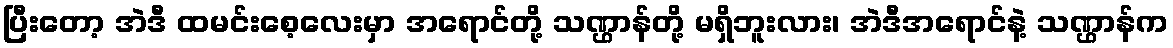
ပြီးတော့ အဲဒီ ထမင်းစေ့လေးမှာ အရောင်တို့ သဏ္ဌာန်တို့ မရှိဘူးလား၊ အဲဒီအရောင်နဲ့ သဏ္ဌာန်က